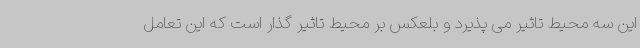
این سه محیط تاثیر می پذیرد و بلعکس بر محیط تاثیر گذار است که این تعامل